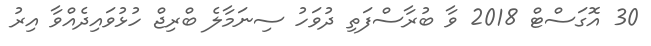
30 އޮގަސްޓް 2018 ވާ ބުރާސްފަތި ދުވަހު ސިނަމާލެ ބްރިޖް ހުޅުވައިދެއްވާ އިރު